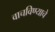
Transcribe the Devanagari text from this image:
वाचविण्याचे